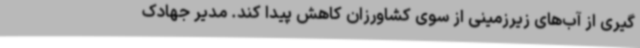
گیری از آب‌های زیرزمینی از سوی کشاورزان کاهش پیدا کند. مدیر جهادک